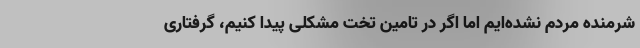
شرمنده مردم نشده‌ایم اما اگر در تامین تخت مشکلی پیدا کنیم، گرفتاری